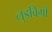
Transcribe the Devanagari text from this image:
लुडविगो